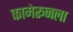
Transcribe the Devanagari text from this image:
कामेरूनला